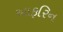
આફરિન